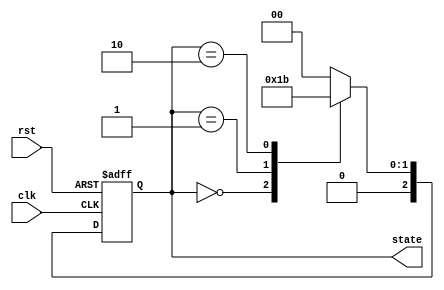
module PreConfiguredStateInit (
    input wire clk,              // Clock signal
    input wire rst,              // Reset signal (active high)
    output reg [2:0] state       // State output (3-bit state for example)
);

// Define the states
localparam S0 = 3'b000;        // Initial state
localparam S1 = 3'b001;        // State 1
localparam S2 = 3'b010;        // State 2
localparam S3 = 3'b011;        // State 3
localparam INIT = S0;          // Predefined initial state

// State transition logic
always @(posedge clk or posedge rst) begin
    if (rst) begin
        // Initialize state to predefined initial state on reset
        state <= INIT;
    end else begin
        // State transition logic (example)
        case (state)
            S0: state <= S1; // Example transition from S0 to S1
            S1: state <= S2; // Example transition from S1 to S2
            S2: state <= S3; // Example transition from S2 to S3
            S3: state <= S0; // Example transition from S3 to S0
            default: state <= INIT; // Default case to handle unexpected states
        endcase
    end
end

endmodule